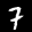
Label: 7